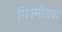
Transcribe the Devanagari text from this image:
गिज्मोडक